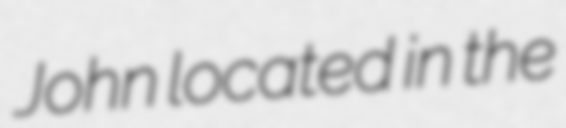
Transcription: John located in the